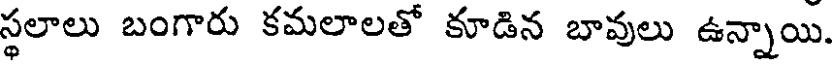
స్థలాలు బంగారు కమలాలతో కూడిన బావులు ఉన్నాయి.